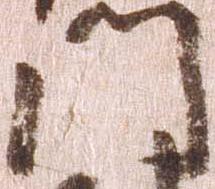
門